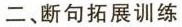
二、断句拓展训练